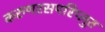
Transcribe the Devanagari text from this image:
करुणरसपरिप्लुत